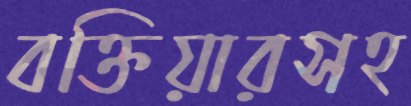
বক্তিয়ারসহ